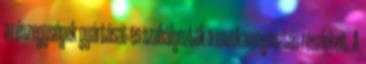
a részegységek gyártását és szabályozták a munkamegosztás részleteit. A